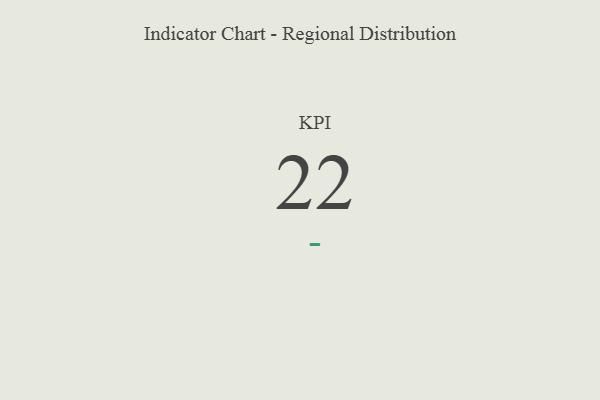
{"axis": {"x": "KPI", "y": "Value"}, "legend": [""], "data": [{"x": "KPI", "y": 22, "type": ""}]}